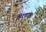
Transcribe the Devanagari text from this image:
हिरणाक्ष